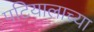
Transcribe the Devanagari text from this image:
पटियालाच्या